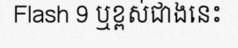
Flash 9 ឬខ្ពស់ជាងនេះ